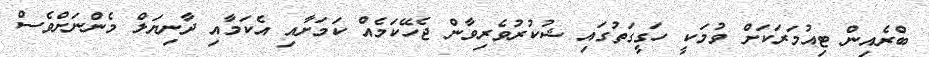
ބްރެއިން ޓިއުމަރަކަށް ވުމަކީ ހަގީގަތުގައި ޝުކުރުވެރިވާން ޖެހޭކަމެއް ކަމަށާއި އެކަމާއި ދާނިޔަލް މެންނަށްވެސް